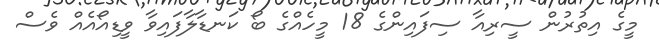
މީގެ އިތުރުން ސީރިއާ ސިފައިންގެ 18 މީހެއްގެ ބޯ ކަނޑާލާފައިވާ ވީޑިއޯއެއް ވެސް